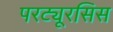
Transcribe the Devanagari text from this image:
परट्यूरसिस